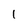
Character: 1